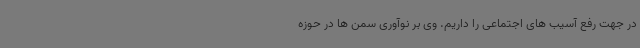
در جهت رفع آسیب های اجتماعی را داریم. وی بر نوآوری سمن ها در حوزه